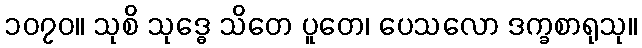
၁၀၇၀။ သုစိ သုဒ္ဓေ သိတေ ပူတေ၊ ပေသလော ဒက္ခစာရုသု။